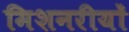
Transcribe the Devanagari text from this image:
मिशनरीयों